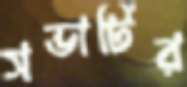
সভাটির